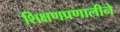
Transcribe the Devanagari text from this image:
शिक्षणप्रणालीने